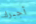
أجبرك